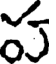
స